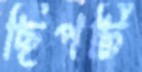
ছিপটি